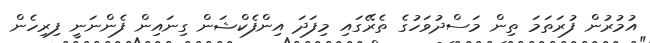
އުމުރުން ފުރަތަމަ ތިން މަސްދުވަހުގެ ތެރޭގައި މިފަދަ އިންފެކްޝަން ގިނައިން ފެންނަނީ ފިރިހެން